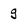
Character: g